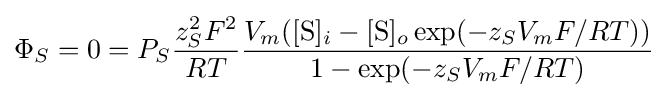
\Phi _{S}=0=P_{S}{\frac {z_{S}^{2}F^{2}}{RT}}{\frac {V_{m}([{\mbox{S}}]_{i}-[{\mbox{S}}]_{o}\exp(-z_{S}V_{m}F/RT))}{1-\exp(-z_{S}V_{m}F/RT)}}